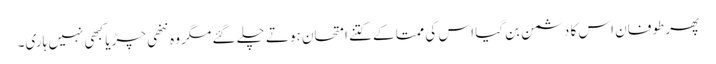
پھر طوفان اس کا دشمن بن گیا اس کی ممتا کے کتنے امتحان ہوتے چلے گئے مگر وہ ننھی چڑیا کبھی نہیں ہاری۔